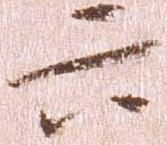
六